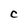
Character: C